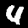
Digit: 4